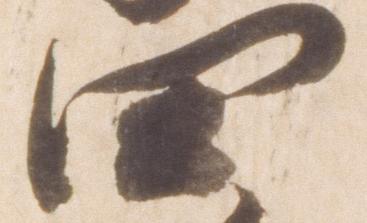
四